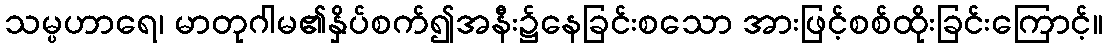
သမ္ပဟာရေ၊ မာတုဂါမ၏နှိပ်စက်၍အနီး၌နေခြင်းစသော အားဖြင့်စစ်ထိုးခြင်းကြောင့်။